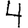
Digit: 4